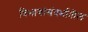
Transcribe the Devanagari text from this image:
विभागांसंदर्भातील